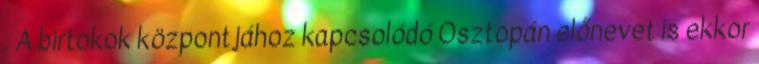
. A birtokok központjához kapcsolódó Osztopán előnevet is ekkor